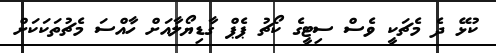
ކުޅޭ ދެ މެޗަކީ ވެސް ސިޓީގެ ކޯޗު ޕެޕް ގާޑިޔޯލާއަށް ހާއްސަ މެޗުތަކަކަށް